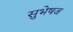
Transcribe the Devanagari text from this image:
सुभेषज